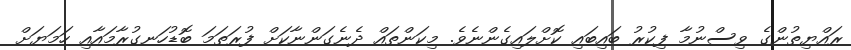
ރައްޔިތުންގެ ވިސްނުމާ ފިކުރު ބައިބައި ކޮށްލައިގެންނެވެ. މިކަންތައް ދެނެގަންނާކަށް ފުރަތަމަ ބޮޑުހަނގުރާމައާއި ހަމަޔަށް